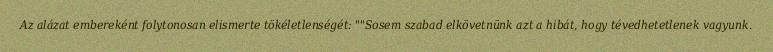
Az alázat embereként folytonosan elismerte tökéletlenségét: ""Sosem szabad elkövetnünk azt a hibát, hogy tévedhetetlenek vagyunk.